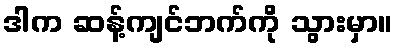
ဒါက ဆန့်ကျင်ဘက်ကို သွားမှာ။